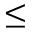
\le